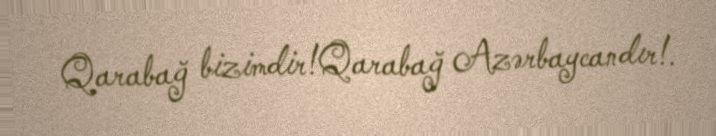
Qarabağ bizimdir!Qarabağ Azərbaycandır!.